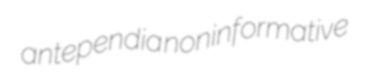
antependia noninformative